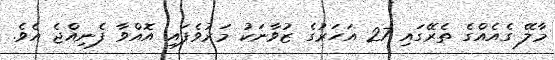
މާލޭ ގެއެއްގެ ތެރޭގައި 27 އަހަރުގެ ޒުވާނަކު މަރުވެފައި އޮއްވާ ފެނިއްޖެ އެވެ.